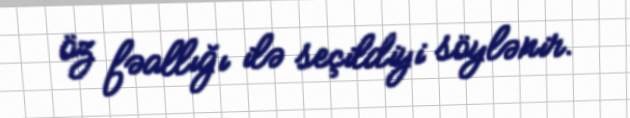
öz fəallığı ilə seçildiyi söylənir.